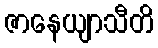
ဇာနေယျာသီတိ